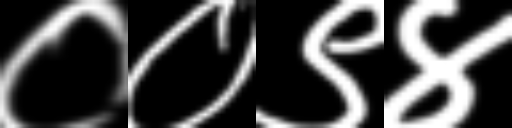
Text: ००९४